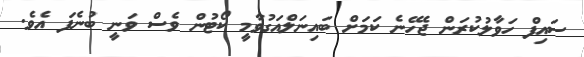
ސައިފް ހަވާލުކުރަން ޖެހޭނެ ކަމަށް ބައިނަލްއަގުވާމީ ކޯޓުން ވެސް ވަނީ ބުނެފަ އެވެ.